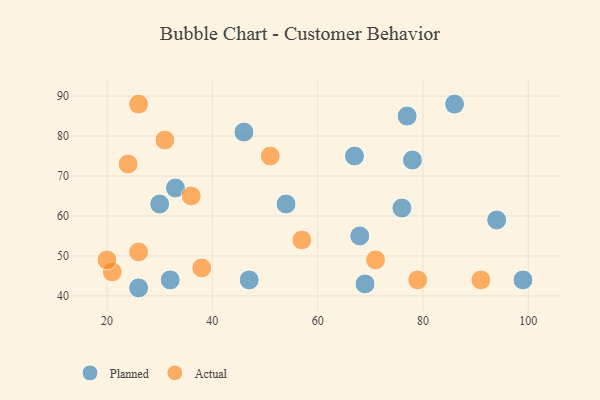
{"axis": {"x": "GDP", "y": "Life Expectancy"}, "legend": ["Actual", "Planned"], "data": [{"x": "30", "y": 63, "type": "Planned"}, {"x": "26", "y": 42, "type": "Planned"}, {"x": "86", "y": 88, "type": "Planned"}, {"x": "94", "y": 59, "type": "Planned"}, {"x": "99", "y": 44, "type": "Planned"}, {"x": "46", "y": 81, "type": "Planned"}, {"x": "69", "y": 43, "type": "Planned"}, {"x": "76", "y": 62, "type": "Planned"}, {"x": "54", "y": 63, "type": "Planned"}, {"x": "67", "y": 75, "type": "Planned"}, {"x": "32", "y": 44, "type": "Planned"}, {"x": "47", "y": 44, "type": "Planned"}, {"x": "33", "y": 67, "type": "Planned"}, {"x": "77", "y": 85, "type": "Planned"}, {"x": "78", "y": 74, "type": "Planned"}, {"x": "68", "y": 55, "type": "Planned"}, {"x": "26", "y": 51, "type": "Actual"}, {"x": "36", "y": 65, "type": "Actual"}, {"x": "31", "y": 79, "type": "Actual"}, {"x": "51", "y": 75, "type": "Actual"}, {"x": "21", "y": 46, "type": "Actual"}, {"x": "24", "y": 73, "type": "Actual"}, {"x": "20", "y": 49, "type": "Actual"}, {"x": "38", "y": 47, "type": "Actual"}, {"x": "57", "y": 54, "type": "Actual"}, {"x": "26", "y": 88, "type": "Actual"}, {"x": "71", "y": 49, "type": "Actual"}, {"x": "91", "y": 44, "type": "Actual"}, {"x": "79", "y": 44, "type": "Actual"}]}